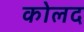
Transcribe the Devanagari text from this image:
कोलद